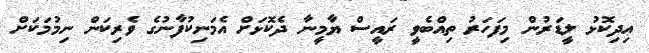
އިދިކޮޅު ލީޑަރުން މިފަހަރު ތިއްބެވީ ރައީސް ޔާމީނާ ދެކޮޅަށް އެމަނިކުފާނުގެ ވެރިކަން ނިމުމަކަށް